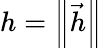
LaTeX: h=\left\| {\vec{h}}\right\|